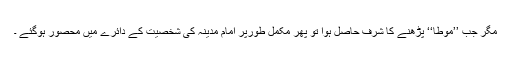
مگر جب ’’موطا‘‘ پڑھنے کا شرف حاصل ہوا تو پھر مکمل طورپر امامِ مدینہ کی شخصیت کے دائرے میں محصور ہوگئے ۔